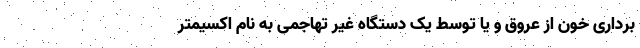
برداری خون از عروق و یا توسط یک دستگاه غیر تهاجمی به نام اکسیمتر